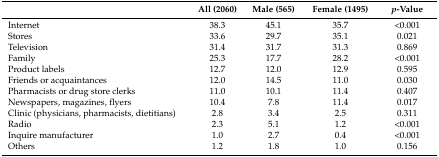
<table><thead><tr><td></td><td><b>All (2060)</b></td><td><b>Male (565)</b></td><td><b>Female (1495)</b></td><td><b><i>p</i>-Value</b></td></tr></thead><tbody><tr><td>Internet</td><td>38.3</td><td>45.1</td><td>35.7</td><td>&lt;0.001</td></tr><tr><td>Stores</td><td>33.6</td><td>29.7</td><td>35.1</td><td>0.021</td></tr><tr><td>Television</td><td>31.4</td><td>31.7</td><td>31.3</td><td>0.869</td></tr><tr><td>Family</td><td>25.3</td><td>17.7</td><td>28.2</td><td>&lt;0.001</td></tr><tr><td>Product labels</td><td>12.7</td><td>12.0</td><td>12.9</td><td>0.595</td></tr><tr><td>Friends or acquaintances</td><td>12.0</td><td>14.5</td><td>11.0</td><td>0.030</td></tr><tr><td>Pharmacists or drug store clerks</td><td>11.0</td><td>10.1</td><td>11.4</td><td>0.407</td></tr><tr><td>Newspapers, magazines, flyers</td><td>10.4</td><td>7.8</td><td>11.4</td><td>0.017</td></tr><tr><td>Clinic (physicians, pharmacists, dietitians)</td><td>2.8</td><td>3.4</td><td>2.5</td><td>0.311</td></tr><tr><td>Radio</td><td>2.3</td><td>5.1</td><td>1.2</td><td>&lt;0.001</td></tr><tr><td>Inquire manufacturer</td><td>1.0</td><td>2.7</td><td>0.4</td><td>&lt;0.001</td></tr><tr><td>Others</td><td>1.2</td><td>1.8</td><td>1.0</td><td>0.156</td></tr></tbody></table>